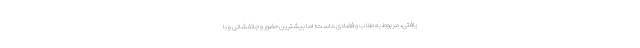
یافتی، مربوط به طلاب و فضلای ماست؛ اما بیشترین حضور و جانفشانی و با